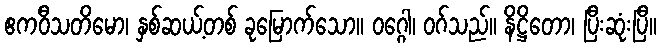
ဧကဝီသတိမော၊ နှစ်ဆယ့်တစ် ခုမြောက်သော။ ဝဂ္ဂေါ၊ ဝဂ်သည်။ နိဋ္ဌိတော၊ ပြီးဆုံးပြီ။